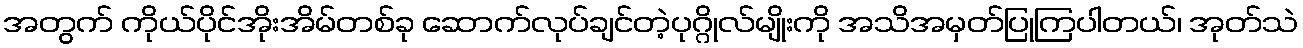
အတွက် ကိုယ်ပိုင်အိုးအိမ်တစ်ခု ဆောက်လုပ်ချင်တဲ့ပုဂ္ဂိုလ်မျိုးကို အသိအမှတ်ပြုကြပါတယ်၊ အုတ်သဲ